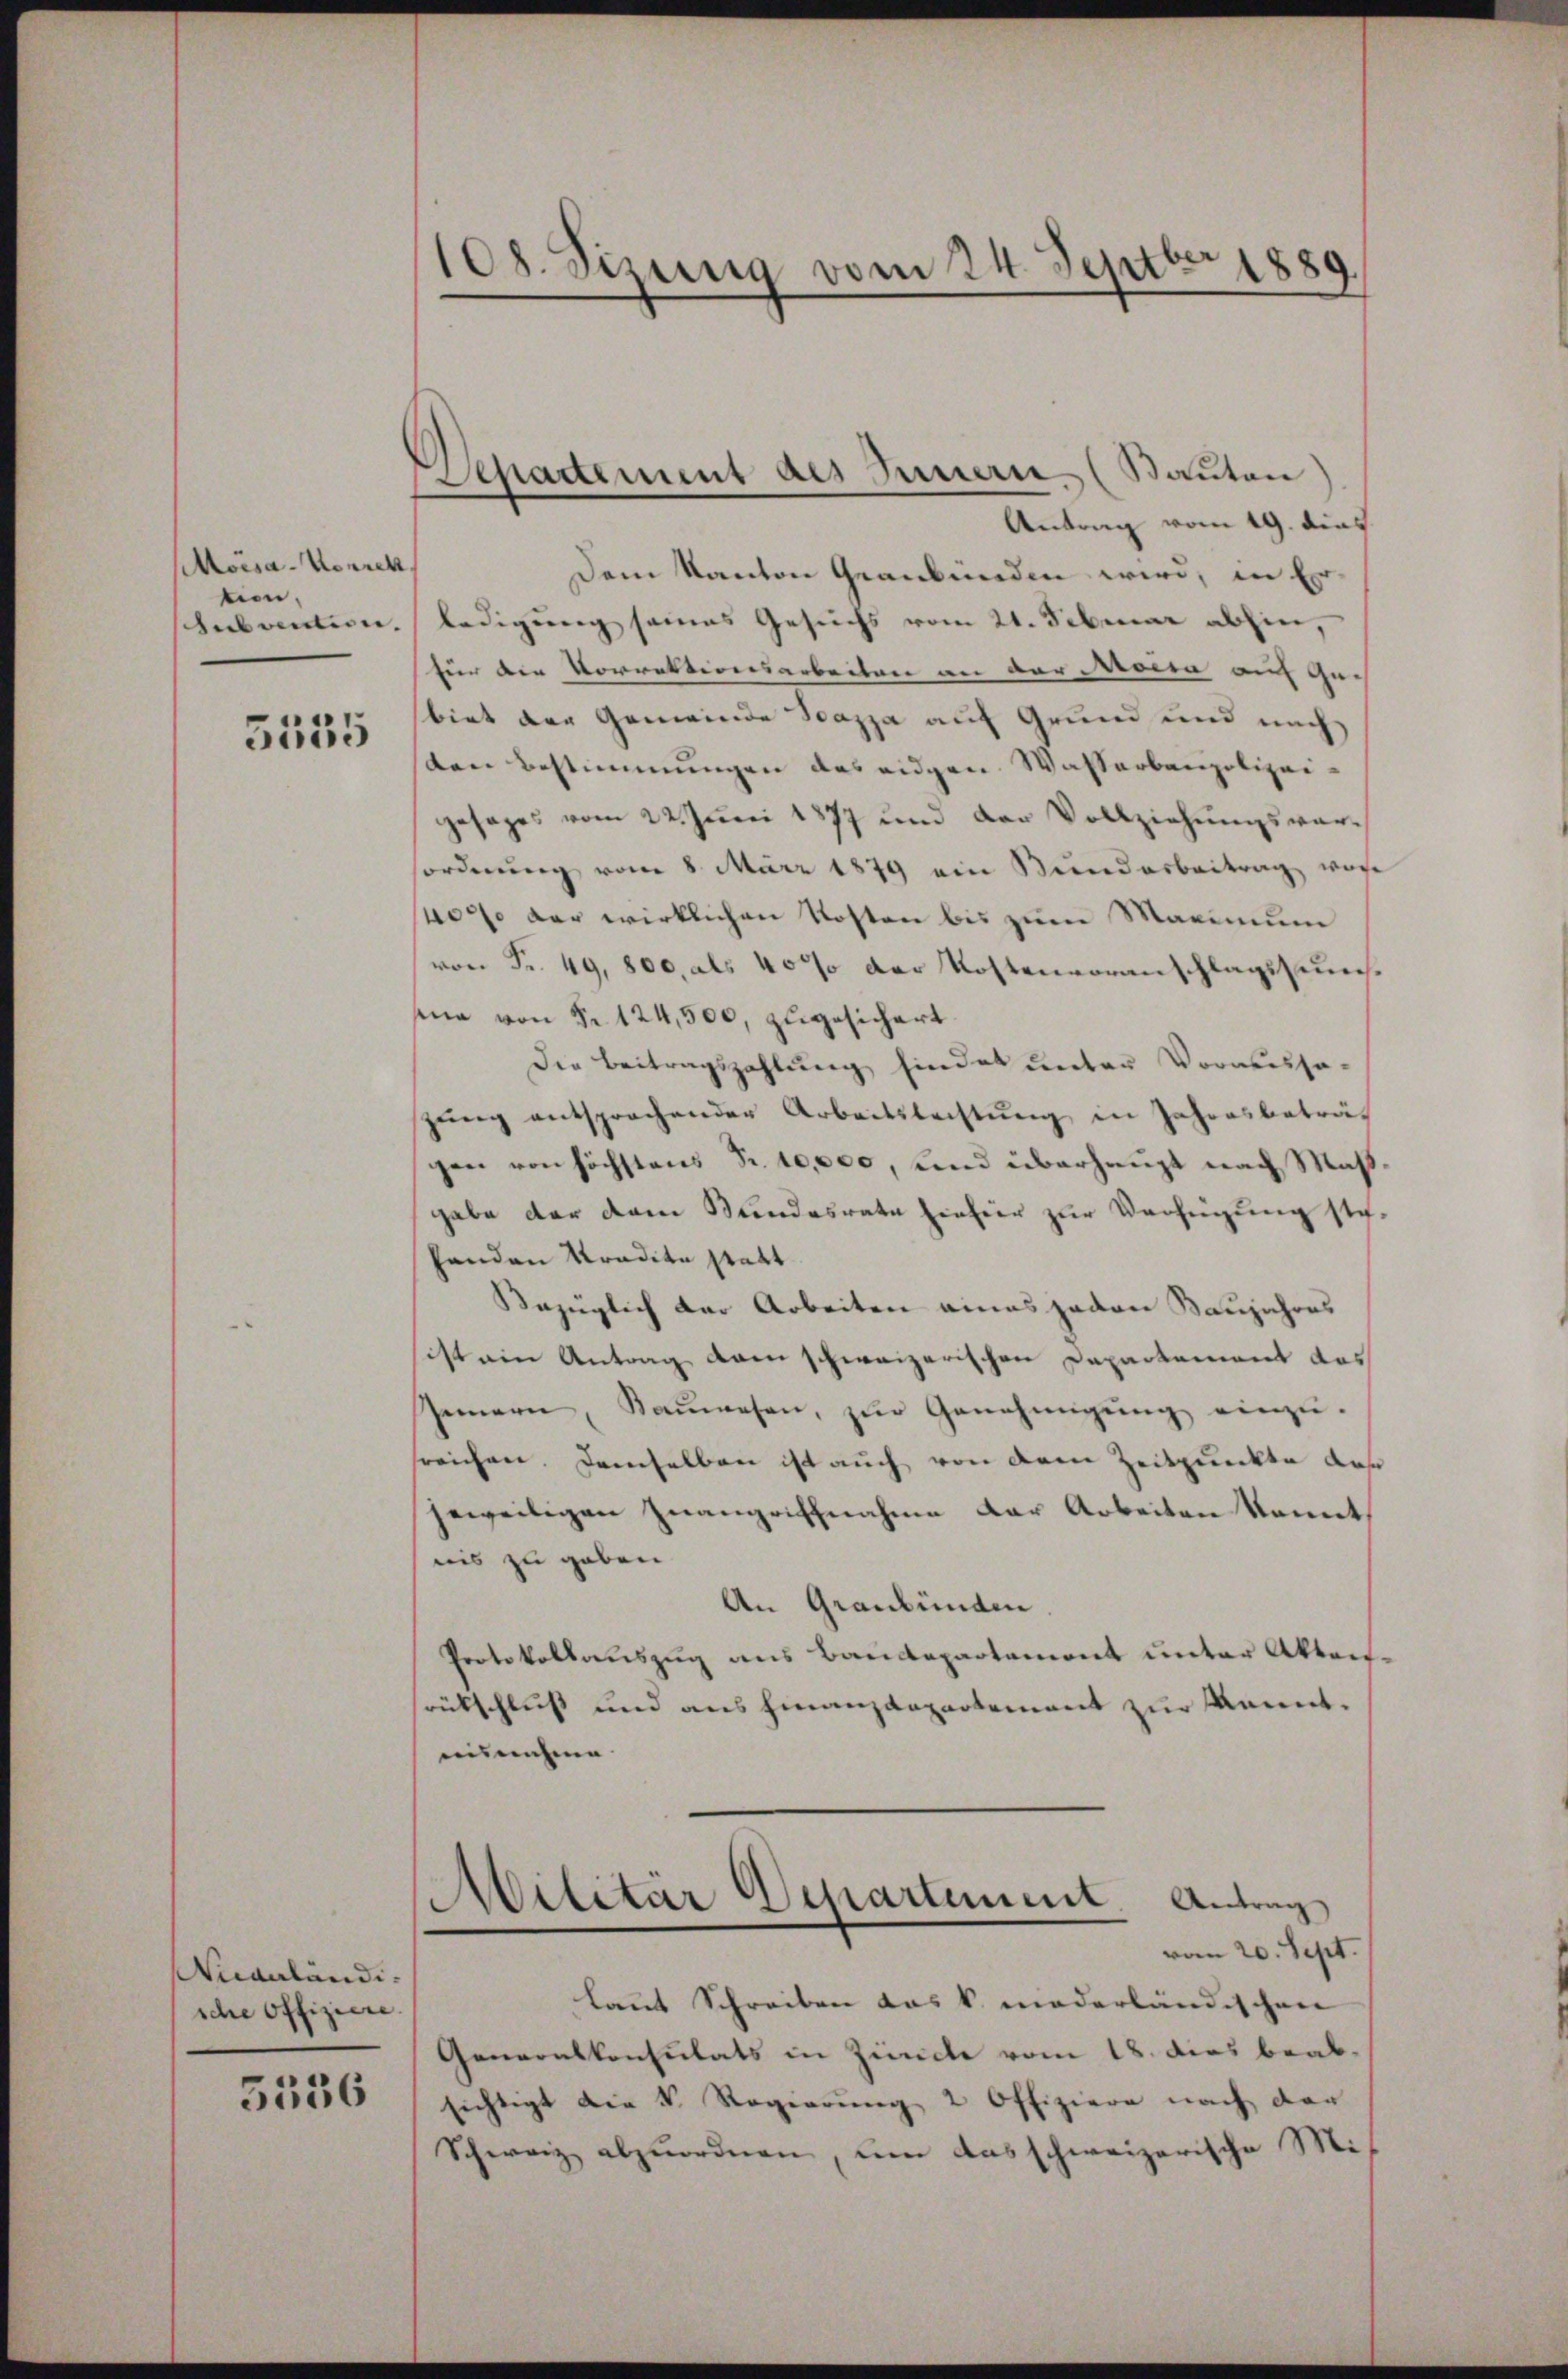
Moisa-Vorrek
tion,

5555

Niarländi-
sche Offiziere.

5536

108. Sizung vom 24. Septbr. 1889.
.

Separtement des Innern. (Sauten

Antrag vom 19. dies
Dem Kanton geanbunden wird, in Er
Subvention ledigung seines Gesuchs vom 21. Februar abhin,
für die Vorrektiversarbeiten an der Modia auf Ge-
biet der Gemeinde Scazza auf Grund und nach
ten Bestimmungen des eidgen. Wasserbaupolizeigesages vom 22. Juni 1877 und der Vollziehŭngsvor-
forderŭng vom 8. März 1879 ein Kŭndarbeitrag, wose
4000 der wirklichen Kosten bis zum Maximum
von Fr. 49,800, als 40% der Kostenvoranschlagssumsina von Nr. 124,500, zugesichert.
Die Beitragszahlung findet unter Vorausse-
zŭng entsprochender Arbeitsleistŭng in Jahresbeträgen von höchstens Fr. 10,000, und überhaupt nach Maßgabe der dem Bundesrate hiefür zur Verfügung ste-
fanden Tradita statt
Bezüglich der Arbeiten eines jeden Baujahres
ist ein Antrag kam schweizerischen Departement das
Innern, Kaŭwesen, zŭr Genehmigŭng einzŭ-
sreichen. Demselben ist auch von dem Zeitpunkte daß
jeweiligen Inangriffnahme der Arbeiten konnt
nis zu geben.
An Graubünden
Protokollauszug aus Baudepartement unter Aktenrükschluß und aus Finanzdepartement zur kannt.
ausnehme

Militär Departement Antrag
vom 20. Sept.

laut Schreiben das k. niederländischen
Generalkonsulats in Zürich vom 18. dies beab-
sichtigt die N. Regierŭng 2 Offiziere nach der
Schweiz abzuordnen, um das schweizerische Mi